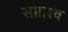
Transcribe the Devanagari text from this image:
सप्ताश्व